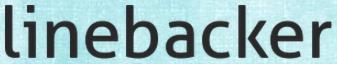
linebacker